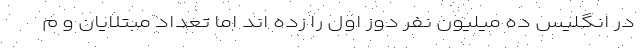
در انگلیس ده میلیون نفر دوز اول را زده اند اما تعداد مبتلایان و م